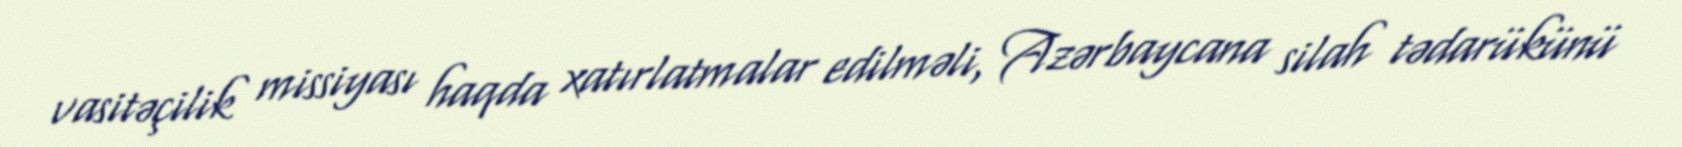
vasitəçilik missiyası haqda xatırlatmalar edilməli, Azərbaycana silah tədarükünü